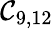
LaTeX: \mathcal{C}_{9,12}